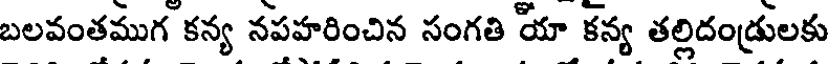
బలవంతముగ కన్య నపహరించిన సంగతి యా కన్య తల్లిదండ్రులకు